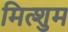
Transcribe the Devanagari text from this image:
मित्शुम